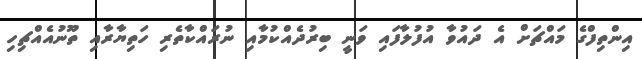
އިންތިފްގެ މައްޗަށް އެ ދައުވާ އުފުލާފައި ވަނީ ބިރުދެއްކުމާއި ނުރައްކާތެރި ހަތިޔާރާއި ތޫނުއެއްޗިހި